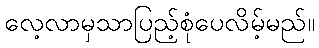
လေ့လာမှသာပြည့်စုံပေလိမ့်မည်။